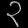
Digit: ၃